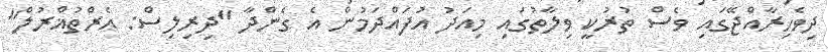
ދިވެހިރާއްޖޭގައި ވެސް ތުރުކީ ވިލާތުގައި މިއަދު އުފައްދަމުން އެ ގެންދާ "ދިރިލިސް: އެރްތުޣްރުލް"